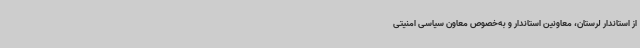
از استاندار لرستان، معاونین استاندار و به‌خصوص معاون سیاسی امنیتی